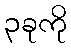
၃ခုကို